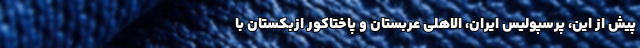
پیش از این، پرسپولیس ایران، الاهلی عربستان و پاختاکور ازبکستان با